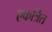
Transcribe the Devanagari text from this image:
एकर्त्रित